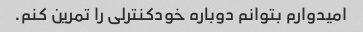
امیدوارم بتوانم دوباره خودکنترلی را تمرین کنم.